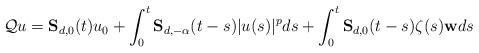
LaTeX: \begin{align*}\mathcal{Q}u=\mathbf{S}_{d,0}(t)u_0+\int_{0}^t\mathbf{S}_{d,-\alpha}(t-s)|u(s)|^pds+\int_{0}^t\mathbf{S}_{d,0}(t-s)\zeta(s)\mathbf{w}ds\end{align*}